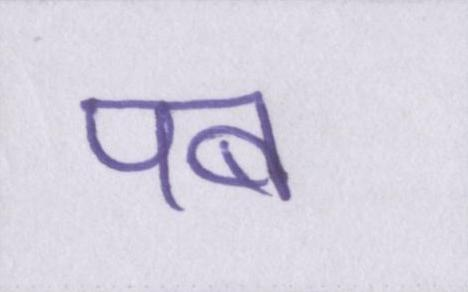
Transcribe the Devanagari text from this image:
पब